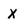
Character: X